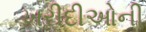
ખરીદીઓની